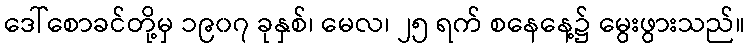
ဒေါ်စောခင်တို့မှ ၁၉၀၇ ခုနှစ်၊ မေလ၊ ၂၅ ရက် စနေနေ့၌ မွေးဖွားသည်။